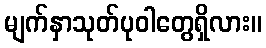
မျက်နှာသုတ်ပုဝါတွေရှိလား။